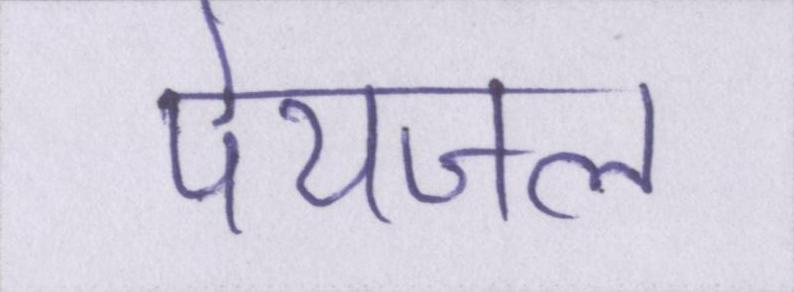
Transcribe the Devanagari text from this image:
पेयजल